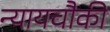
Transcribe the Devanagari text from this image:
न्यायचौकी